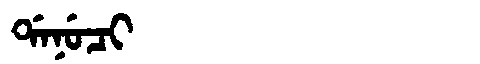
Manchu: ᡩᠠᠨᡠᠴᡳ
Romanization: DANUCI